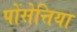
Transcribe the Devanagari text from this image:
पोंसेत्तिया